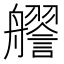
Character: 𧭔